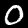
Label: 0